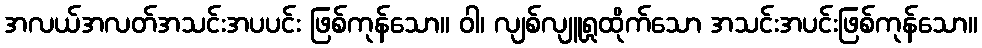
အလယ်အလတ်အသင်းအပပင်း ဖြစ်ကုန်သော။ ဝါ၊ လျစ်လျူရှုထိုက်သော အသင်းအပင်းဖြစ်ကုန်သော။